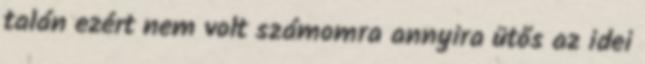
talán ezért nem volt számomra annyira ütős az idei